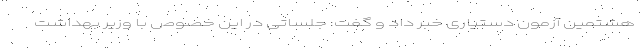
هشتمین آزمون دستیاری خبر داد و گفت: جلساتی در این خصوص با وزیر بهداشت